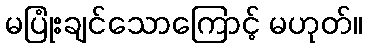
မပြုံးချင်သောကြောင့် မဟုတ်။